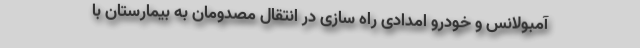
آمبولانس و خودرو امدادی راه سازی در انتقال مصدومان به بیمارستان با